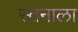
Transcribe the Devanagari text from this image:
स्तनाला